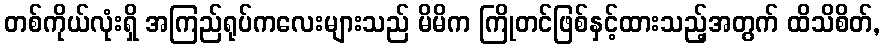
တစ်ကိုယ်လုံးရှိ အကြည်ရုပ်ကလေးများသည် မိမိက ကြိုတင်ဖြစ်နှင့်ထားသည့်အတွက် ထိသိစိတ်,